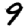
Digit: 9